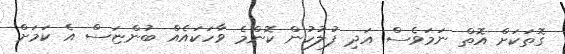
ގޮތަކަށް އޮތް ނަމަވެސް އަދި ފުލުހުން ކޮންމެ ވާހަކައެއް ބުންޏަސް އެ ކަމަށް